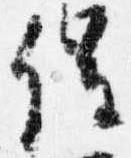
催